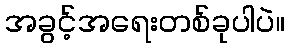
အခွင့်အရေးတစ်ခုပါပဲ။